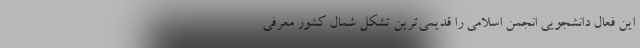
این فعال دانشجویی انجمن اسلامی را قدیمی‌ترین تشکل شمال کشور معرفی